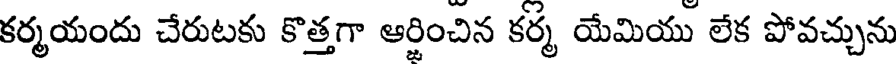
కర్మయందు చేరుటకు కొత్తగా ఆర్జించిన కర్మ యేమియు లేక పోవచ్చును